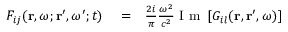
\begin{array} { r l r } { F _ { i j } ( \mathbf { r } , \omega ; \mathbf { r } ^ { \prime } , \omega ^ { \prime } ; t ) } & { { } = } & { \frac { 2 i } { \pi } \frac { \omega ^ { 2 } } { c ^ { 2 } } \mathrm { ~ I ~ m ~ } \left[ G _ { i l } ( \mathbf { r } , \mathbf { r } ^ { \prime } , \omega ) \right] } \end{array}